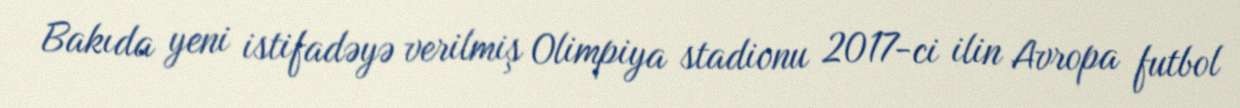
Bakıda yeni istifadəyə verilmiş Olimpiya stadionu 2017-ci ilin Avropa futbol